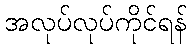
အလုပ်လုပ်ကိုင်ရန်